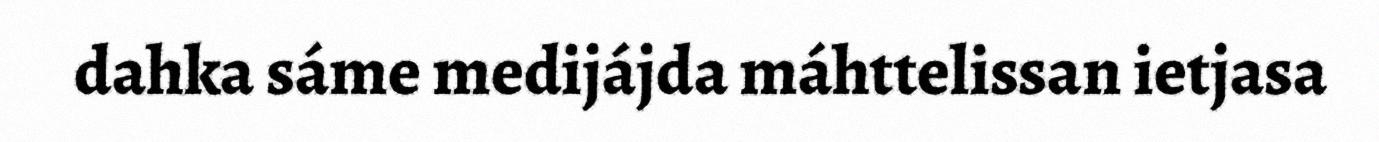
dahka sáme medijájda máhttelissan ietjasa